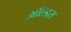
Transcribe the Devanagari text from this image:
ऑल्डस